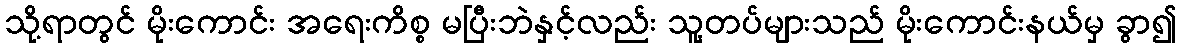
သို့ရာတွင် မိုးကောင်း အရေးကိစ္စ မပြီးဘဲနှင့်လည်း သူ့တပ်များသည် မိုးကောင်းနယ်မှ ခွာ၍